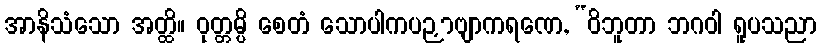
အာနိသံသော အတ္ထိ။ ဝုတ္တမ္ပိ စေတံ သောပါကပဉှာဗျာကရဏေ, “ဝိဘူတာ ဘဂဝါ ရူပသညာ